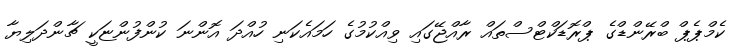
ކެމްޕެޕް ބްރޭންޑްގެ ޕްރޮޑަކްޓްސްތައް ރާއްޖޭގައި ވިއްކުމުގެ ހަމައެކަނި ހުއްދަ އޮންނަ ކުންފުންޏަކީ ޗާންދަލިޔާ